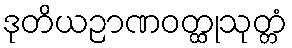
ဒုတိယဉာဏဝတ္ထုသုတ္တံ